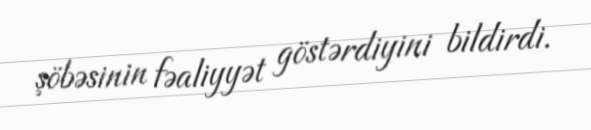
şöbəsinin fəaliyyət göstərdiyini bildirdi.